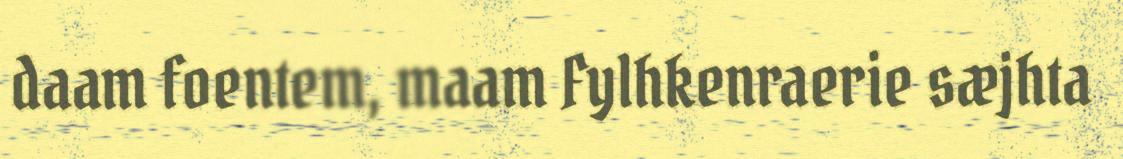
daam foentem, maam Fylhkenraerie sæjhta